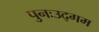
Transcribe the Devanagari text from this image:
पुनःउद्गम